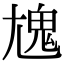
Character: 𩲄